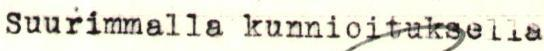
Suurimmalla kunnioituksella